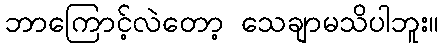
ဘာကြောင့်လဲတော့ သေချာမသိပါဘူး။